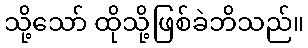
သို့သော် ထိုသို့ဖြစ်ခဲဘိသည်။